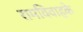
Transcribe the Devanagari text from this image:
रामविवाहके